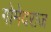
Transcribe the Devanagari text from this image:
गोमेदराज